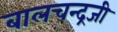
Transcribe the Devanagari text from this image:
बालचन्द्रजी